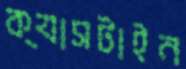
ক্যাসটাইন